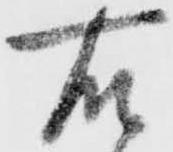
右